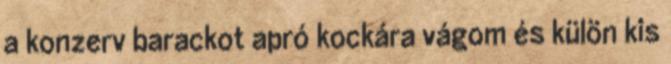
a konzerv barackot apró kockára vágom és külön kis